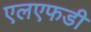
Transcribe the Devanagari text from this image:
एलएफडी